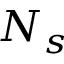
N _ { s }